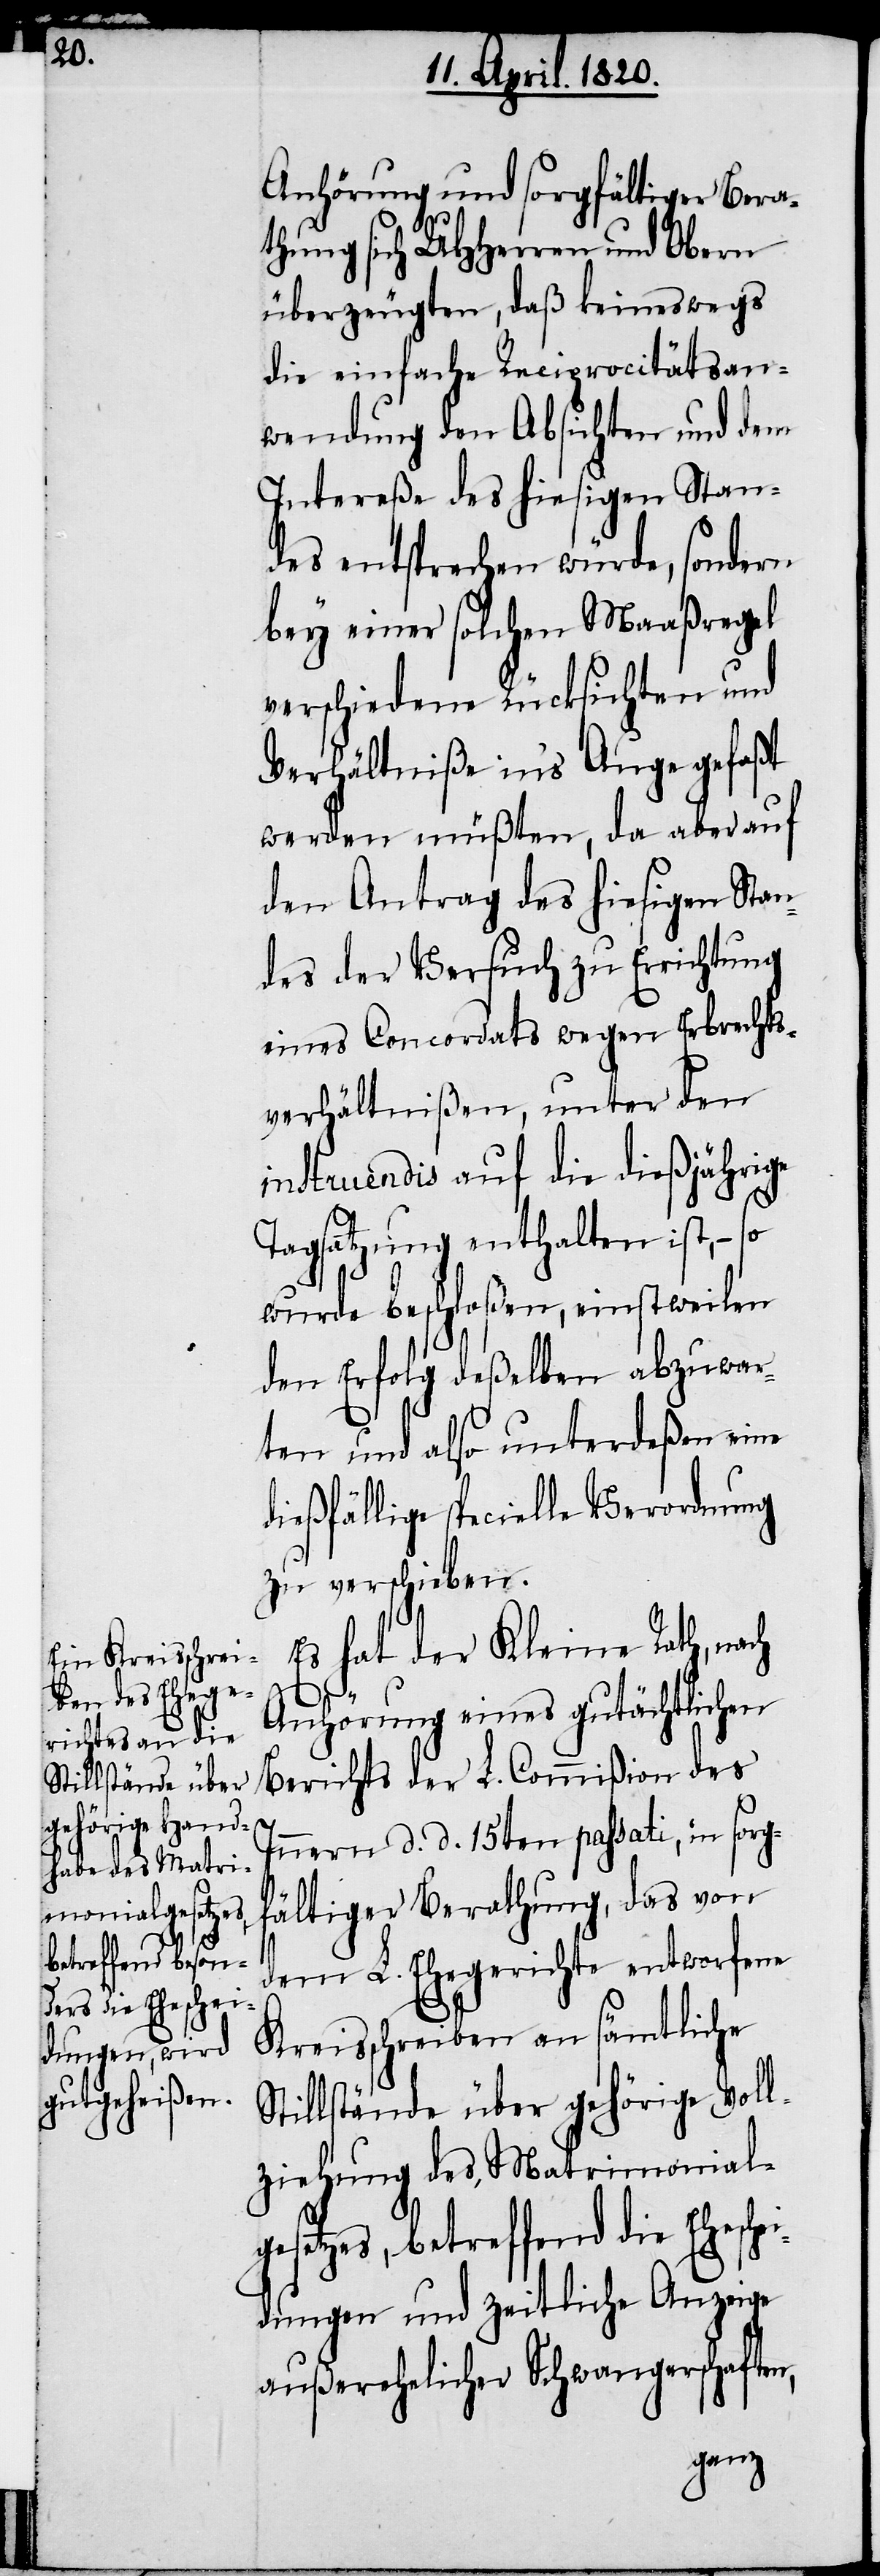
Anhörung und sorgfältiger Bera¬
thung sich UHHerren und Obern
überzeugten, daß keineswegs
die einfache Reciprocitätsan¬
wendung den Absichten und dem
Intereße des hiesigen Stan¬
des entsprechen würde, sondern
bey einer solchen Maaßregel
verschiedene Rücksichten und
Verhältniße in’s Auge gefaßt
werden müßten, da aber auf
den Antrag des hiesigen Stan¬
des der Versuch zu Errichtung
eines Concordats wegen Erbrechts¬
verhältnißen, unter den
instruendis auf die diesjährige
Tagsatzung enthalten ist, – so
wurde beschloßen, einstweilen
den Erfolg deßelben abzuwar¬
ten und also unterdeßen eine
dießfällige specielle Verordnung
zu verschieben.
Es hat der Kleine Rath, nach
Anhörung eines gutächtlichen
Berichts der L. Commißion des
Innern d. d. 15ten passati, in sorg¬
fältiger Berathung, das von
dem L. Ehegerichte entworfene
Kreisschreiben an sämtliche
Stillstände über gehörige Voll¬
ziehung des Matrimonial¬
gesetzes, betreffend die Ehesche¬
idungen und zeitliche Anzeige
außerehelicher Schwangerschaften,